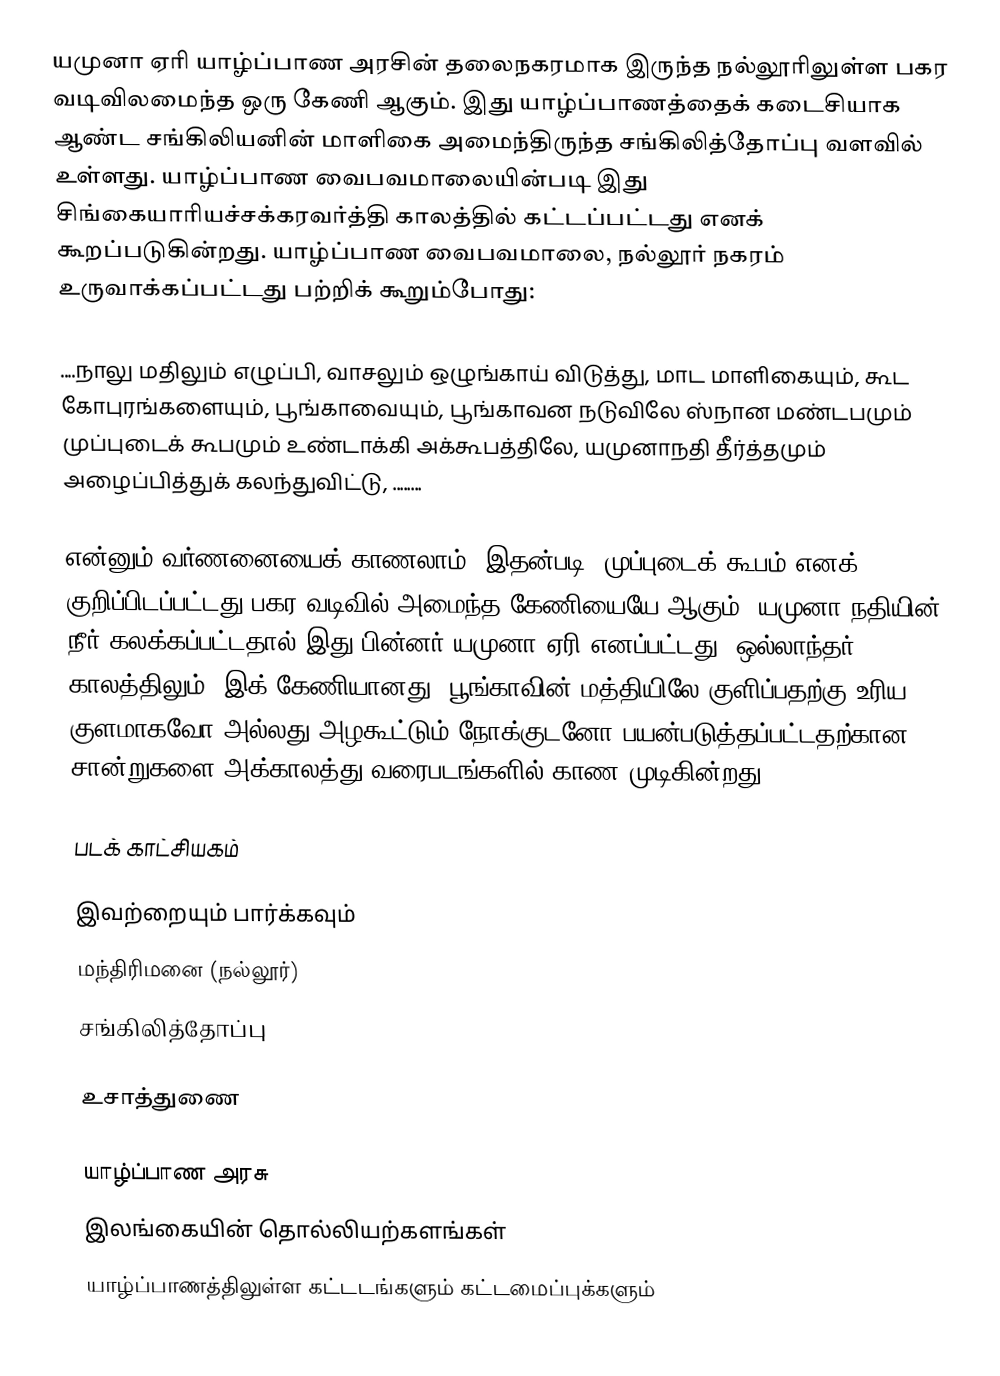
யமுனா ஏரி யாழ்ப்பாண அரசின் தலைநகரமாக இருந்த நல்லூரிலுள்ள பகர வடிவிலமைந்த ஒரு கேணி ஆகும். இது யாழ்ப்பாணத்தைக் கடைசியாக ஆண்ட சங்கிலியனின் மாளிகை அமைந்திருந்த சங்கிலித்தோப்பு வளவில் உள்ளது. யாழ்ப்பாண வைபவமாலையின்படி இது சிங்கையாரியச்சக்கரவர்த்தி காலத்தில் கட்டப்பட்டது எனக் கூறப்படுகின்றது. யாழ்ப்பாண வைபவமாலை, நல்லூர் நகரம் உருவாக்கப்பட்டது பற்றிக் கூறும்போது:

....நாலு மதிலும் எழுப்பி, வாசலும் ஒழுங்காய் விடுத்து, மாட மாளிகையும், கூட கோபுரங்களையும், பூங்காவையும், பூங்காவன நடுவிலே ஸ்நான மண்டபமும் முப்புடைக் கூபமும் உண்டாக்கி அக்கூபத்திலே, யமுனாநதி தீர்த்தமும் அழைப்பித்துக் கலந்துவிட்டு, ........

என்னும் வர்ணனையைக் காணலாம். இதன்படி, முப்புடைக் கூபம் எனக் குறிப்பிடப்பட்டது பகர வடிவில் அமைந்த கேணியையே ஆகும். யமுனா நதியின் நீர் கலக்கப்பட்டதால் இது பின்னர் யமுனா ஏரி எனப்பட்டது. ஒல்லாந்தர் காலத்திலும், இக் கேணியானது, பூங்காவின் மத்தியிலே குளிப்பதற்கு உரிய குளமாகவோ அல்லது அழகூட்டும் நோக்குடனோ பயன்படுத்தப்பட்டதற்கான சான்றுகளை அக்காலத்து வரைபடங்களில் காண முடிகின்றது.

படக் காட்சியகம்

இவற்றையும் பார்க்கவும்
 மந்திரிமனை (நல்லூர்)
 சங்கிலித்தோப்பு

உசாத்துணை

யாழ்ப்பாண அரசு
இலங்கையின் தொல்லியற்களங்கள்
யாழ்ப்பாணத்திலுள்ள கட்டடங்களும் கட்டமைப்புக்களும்